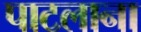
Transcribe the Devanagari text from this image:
पाटलाना